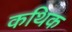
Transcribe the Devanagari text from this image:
कथिक